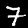
Digit: 7